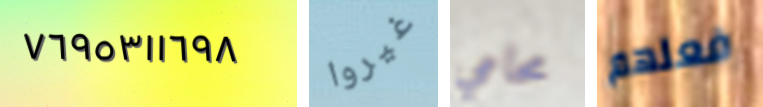
٧٦٩٥٣١١٦٩٨ غيروا محامي فعلهم